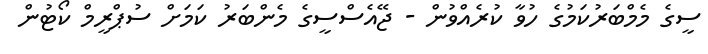
ސީގެ މެމްބަރުކަމުގެ ހުވާ ކުރެއްވުން - ޖޭއެސްސީގެ މެންބަރު ކަމަށް ސުޕްރީމް ކޯޓުން